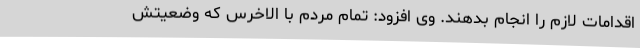
اقدامات لازم را انجام بدهند. وی افزود: تمام مردم با الاخرس که وضعیتش